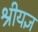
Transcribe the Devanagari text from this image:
श्रीयज्ञ